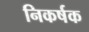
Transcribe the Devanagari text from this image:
निकर्षक